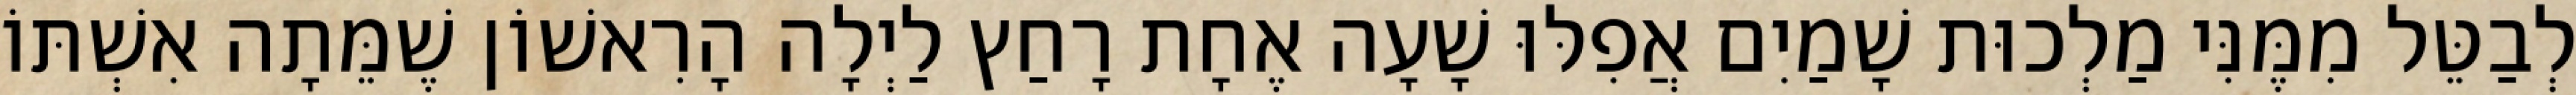
לְבַטֵּל מִמֶּנִּי מַלְכוּת שָׁמַיִם אֲפִלּוּ שָׁעָה אֶחָת רָחַץ לַיְלָה הָרִאשׁוֹן שֶׁמֵּתָה אִשְׁתּוֹ